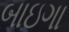
બાઇગા